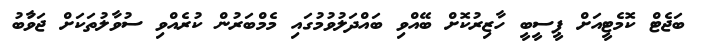
ބަޖެޓް ކޮމެޓީއަށް ޕީސީބީ ހާޒިރުކޮށް ބޭއްވި ބައްދަލުވުމުގައި މެމްބަރުން ކުރެއްވި ސުވާލުތަކަށް ޖަވާުބު